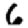
Digit: 6